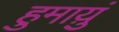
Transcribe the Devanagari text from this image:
हुमाय़ुं